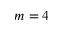
m = 4